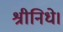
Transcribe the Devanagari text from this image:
श्रीनिधे।